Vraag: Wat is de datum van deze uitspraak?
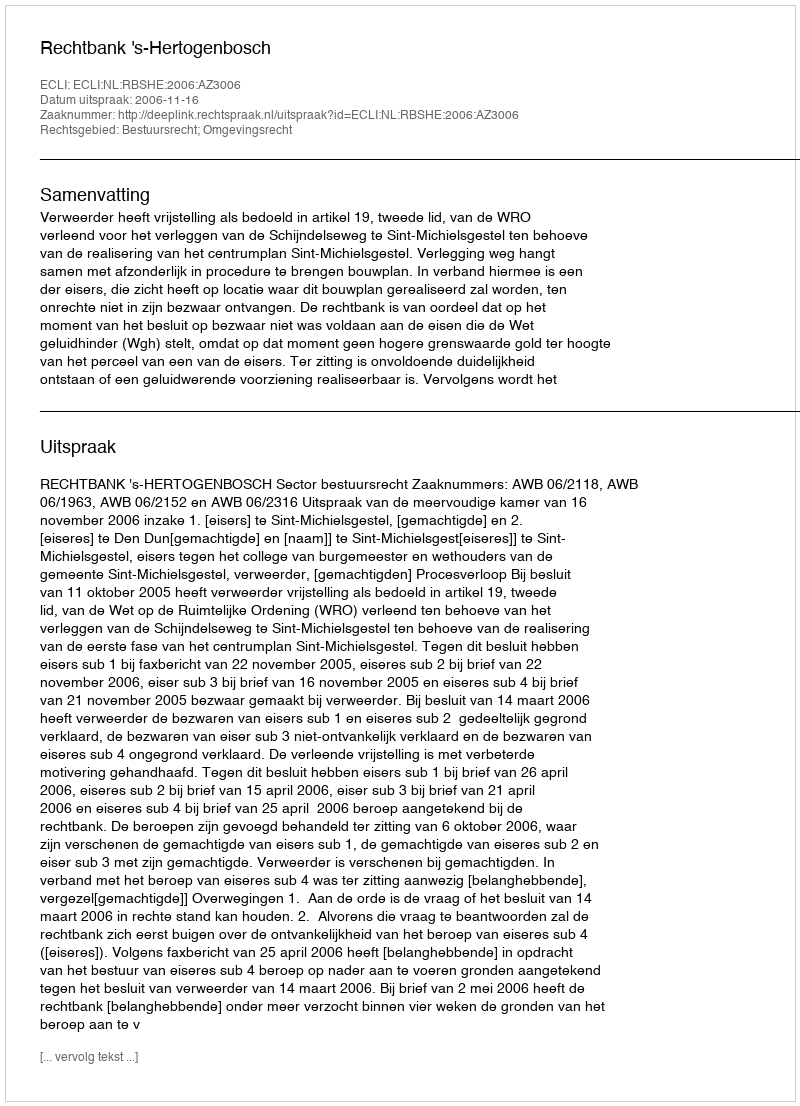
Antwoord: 2006-11-16